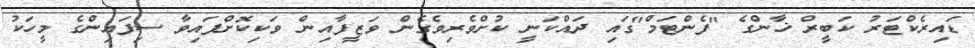
ޑައިރެކްޓަރު ކަބީރް ޚާންގެ "ފެންޓަމް"ގައި ދައްކަނީ ކުށްވެރިވެގެން ވަޒީފާއިން ވަކިކޮށްފައިވާ ސިފައިންގެ މީހަކު